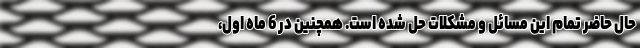
حال حاضر تمام این مسائل و مشکلات حل شده است. همچنین در 6 ماه اول،